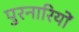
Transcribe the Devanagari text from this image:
पुरनारियों